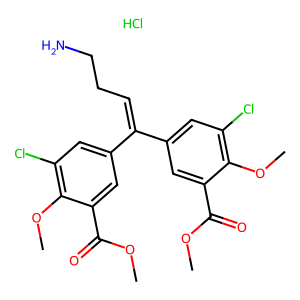
SMILES: COC(=O)c1cc(C(=CCCN)c2cc(Cl)c(OC)c(C(=O)OC)c2)cc(Cl)c1OC.Cl
Inhibits HIV replication: No